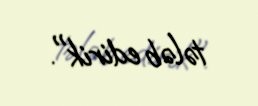
tələb edirik".